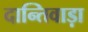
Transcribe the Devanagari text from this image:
दान्तिवाड़ा